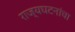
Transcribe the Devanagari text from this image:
राज्यघटनांचा